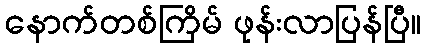
နောက်တစ်ကြိမ် ဖုန်းလာပြန်ပြီ။